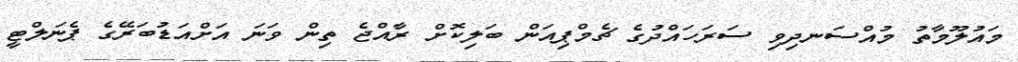
މައުލޫމާތު މުއްސަނދިވި ސަރަހައްދުގެ ޗެމްޕިއަން ބަލިކޮށް ރާއްޖެ ތިން ވަނަ އަށްއަޑުބަރޭގެ ޕެނަލްޓީ